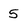
Character: 5